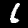
Digit: 6